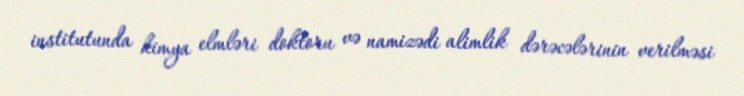
institutunda kimya elmləri doktoru və namizədi alimlik dərəcələrinin verilməsi